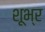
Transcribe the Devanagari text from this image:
शूभ्र